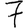
Digit: 7